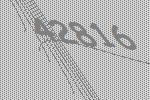
42816